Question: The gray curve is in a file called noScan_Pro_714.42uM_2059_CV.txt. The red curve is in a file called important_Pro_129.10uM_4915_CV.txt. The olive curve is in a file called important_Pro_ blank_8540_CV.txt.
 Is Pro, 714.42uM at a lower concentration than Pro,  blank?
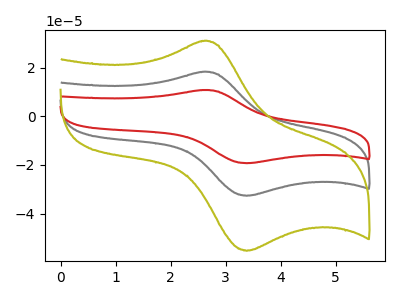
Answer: <think>The gray curve "Pro, 714.42uM" has an anodic peak at (2.60V, 18.30uA) and a cathodic peak at (3.40V, -32.65uA). The red curve "Pro, 129.10uM" has an anodic peak at (2.60V, 36.60uA) and a cathodic peak at (3.40V, -65.35uA). The olive curve "Pro,  blank" has an anodic peak at (2.60V, 31.00uA) and a cathodic peak at (3.40V, -55.30uA).
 All the peaks in "Pro,  blank" have a peak in "Pro, 714.42uM" at the same potential. Every peak in "Pro,  blank" is higher than every peak in "Pro, 714.42uM".</think>
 <answer>"Pro,  blank" has more signal than "Pro, 714.42uM" and so likely has a higher concentration.</answer>
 <eval>more_concentration</eval>